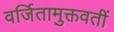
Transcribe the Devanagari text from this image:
वर्जितामुक्तवतीं